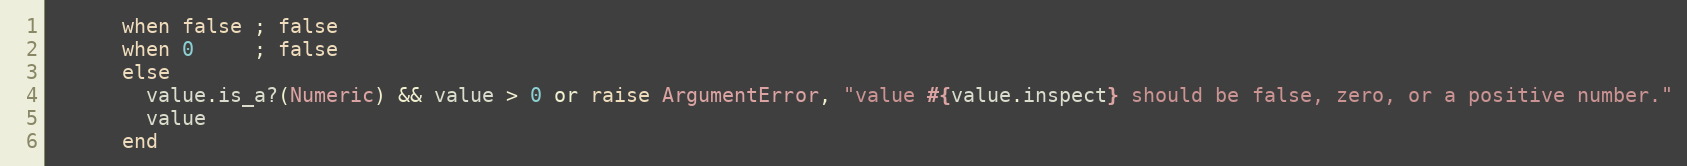
Language: Ruby
      when false ; false
      when 0     ; false
      else
        value.is_a?(Numeric) && value > 0 or raise ArgumentError, "value #{value.inspect} should be false, zero, or a positive number."
        value
      end